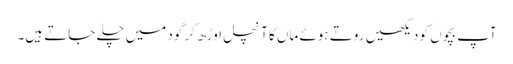
آپ بچوں کو دیکھیں روتے ہوئے ماں کا آنچل اوڑھ کر گود میں چلے جاتے ہیں۔